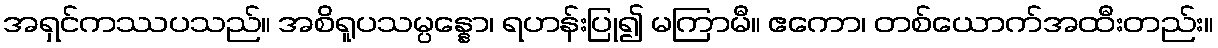
အရှင်ကဿပသည်။ အစိရူပသမ္ပန္နော၊ ရဟန်းပြု၍ မကြာမီ။ ဧကော၊ တစ်ယောက်အထီးတည်း။